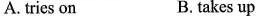
A. tries on B. takes up